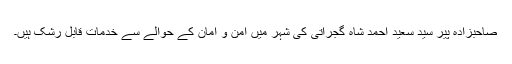
صاحبزادہ پیر سید سعید احمد شاہ گجراتی کی شہر میں امن و امان کے حوالے سے خدمات قابل رشک ہیں۔